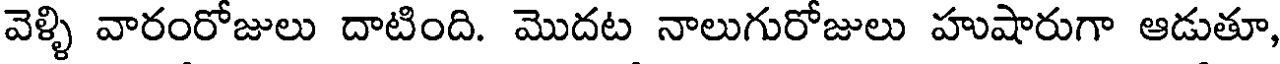
వెళ్ళి వారంరోజులు దాటింది. మొదట నాలుగురోజులు హుషారుగా ఆడుతూ,